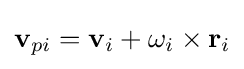
\mathbf {v} _{pi}=\mathbf {v} _{i}+\mathbf {\omega } _{i}\times \mathbf {r} _{i}